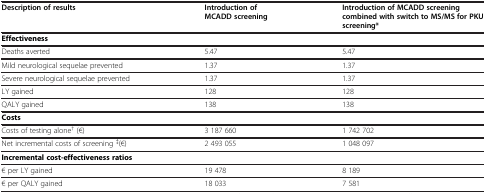
<table><thead><tr><td><b>Description of results</b></td><td><b>Introduction of MCADD screening</b></td><td><b>Introduction of MCADD screening combined with switch to MS/MS for PKU screening*</b></td></tr></thead><tbody><tr><td colspan="3"><b>Effectiveness</b></td></tr><tr><td>Deaths averted</td><td>5.47</td><td>5.47</td></tr><tr><td>Mild neurological sequelae prevented</td><td>1.37</td><td>1.37</td></tr><tr><td>Severe neurological sequelae prevented</td><td>1.37</td><td>1.37</td></tr><tr><td>LY gained</td><td>128</td><td>128</td></tr><tr><td>QALY gained</td><td>138</td><td>138</td></tr><tr><td colspan="3"><b>Costs</b></td></tr><tr><td>Costs of testing alone<sup>†</sup> (€)</td><td>3 187 660</td><td>1 742 702</td></tr><tr><td>Net incremental costs of screening <sup>‡</sup>(€)</td><td>2 493 055</td><td>1 048 097</td></tr><tr><td colspan="3"><b>Incremental cost-effectiveness ratios</b></td></tr><tr><td>€ per LY gained</td><td>19 478</td><td>8 189</td></tr><tr><td>€ per QALY gained</td><td>18 033</td><td>7 581</td></tr></tbody></table>